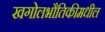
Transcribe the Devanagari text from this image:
खगोलभौतिकीमधील